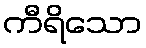
ကီရိသော